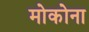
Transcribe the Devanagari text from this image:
मोकोना